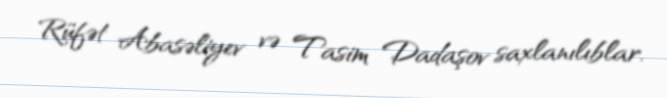
Rüfət Abasəliyev və Tasim Dadaşov saxlanılıblar.